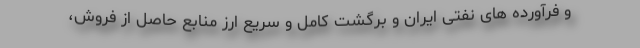
و فرآورده های نفتی ایران و برگشت کامل و سریع ارز منابع حاصل از فروش،